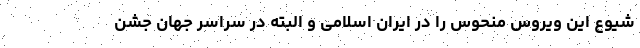
شیوع این ویروس منحوس را در ایران اسلامی و البته در سراسر جهان جشن